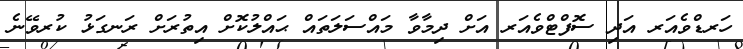
ހަރޑްވެއަރ އަދި ސޮފްޓްވެއަރ އަށް ދިމާވާ މައްސަލަތައް ޙައްލުކޮށް އިތުރަށް ރަނގަޅު ކުރވޭނެ